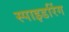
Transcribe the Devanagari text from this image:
स्पाइडरिंग